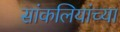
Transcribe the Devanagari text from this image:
सांकलियांच्या